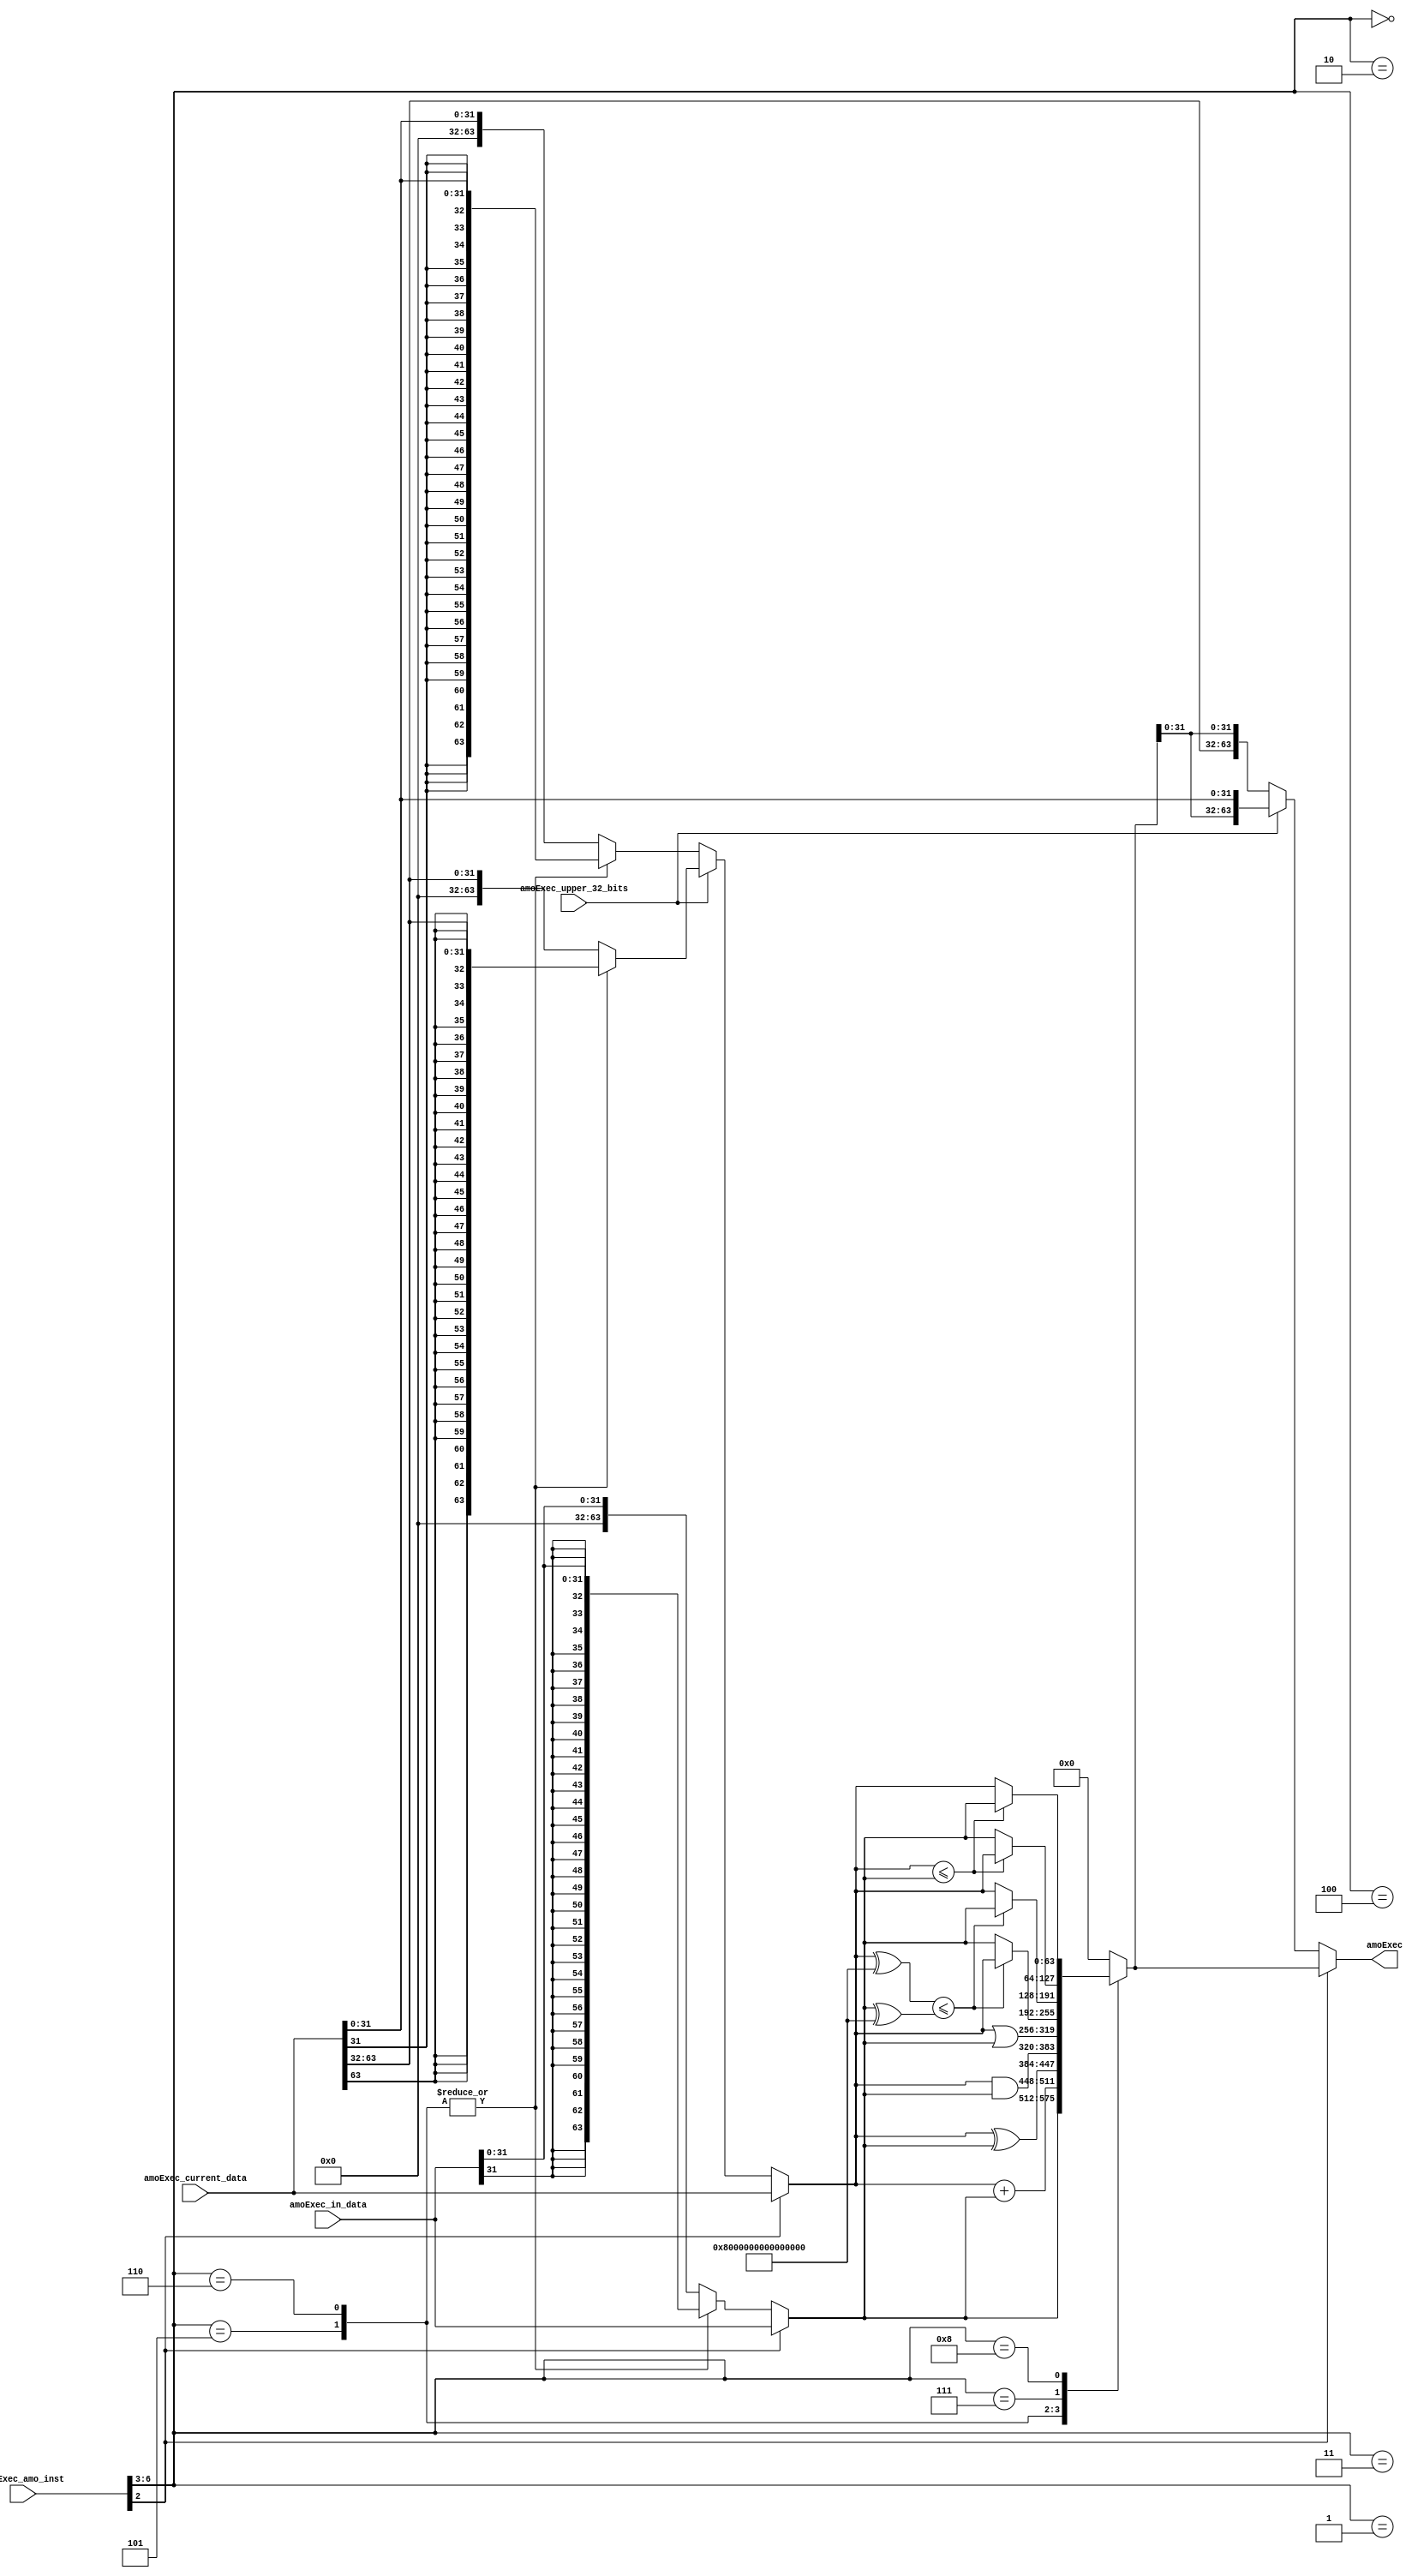
//
// Generated by Bluespec Compiler, version 2019.05.beta2 (build a88bf40db, 2019-05-24)
//
//
//
//
// Ports:
// Name                         I/O  size props
// amoExec                        O    64
// amoExec_amo_inst               I     7
// amoExec_current_data           I    64
// amoExec_in_data                I    64
// amoExec_upper_32_bits          I     1
//
// Combinational paths from inputs to outputs:
//   (amoExec_amo_inst,
//    amoExec_current_data,
//    amoExec_in_data,
//    amoExec_upper_32_bits) -> amoExec
//
//

`ifdef BSV_ASSIGNMENT_DELAY
`else
  `define BSV_ASSIGNMENT_DELAY
`endif

`ifdef BSV_POSITIVE_RESET
  `define BSV_RESET_VALUE 1'b1
  `define BSV_RESET_EDGE posedge
`else
  `define BSV_RESET_VALUE 1'b0
  `define BSV_RESET_EDGE negedge
`endif

module module_amoExec(amoExec_amo_inst,
		      amoExec_current_data,
		      amoExec_in_data,
		      amoExec_upper_32_bits,
		      amoExec);
  // value method amoExec
  input  [6 : 0] amoExec_amo_inst;
  input  [63 : 0] amoExec_current_data;
  input  [63 : 0] amoExec_in_data;
  input  amoExec_upper_32_bits;
  output [63 : 0] amoExec;

  // signals for module outputs
  wire [63 : 0] amoExec;

  // remaining internal signals
  reg [63 : 0] _theResult_____1__h29,
	       _theResult___fst__h122,
	       _theResult___fst__h183,
	       _theResult___snd__h123;
  wire [63 : 0] SEXT_amoExec_current_data_BITS_31_TO_0_7___d18,
		SEXT_amoExec_current_data_BITS_63_TO_32_3___d14,
		SEXT_amoExec_in_data_BITS_31_TO_0____d8,
		_theResult___fst__h113,
		current_data__h27,
		in_data__h28,
		new_data__h249,
		new_data__h373,
		new_data__h379,
		new_data__h385,
		new_data__h391,
		new_data__h405,
		new_data__h419,
		new_data__h433;
  wire [31 : 0] amoExec_current_data_BITS_31_TO_0__q3,
		amoExec_current_data_BITS_63_TO_32__q1,
		amoExec_in_data_BITS_31_TO_0__q2;
  wire IF_amoExec_amo_inst_BIT_2_THEN_amoExec_current_ETC___d30,
       IF_amoExec_amo_inst_BIT_2_THEN_amoExec_current_ETC___d34;

  // value method amoExec
  assign amoExec =
	     amoExec_amo_inst[2] ?
	       _theResult_____1__h29 :
	       (amoExec_upper_32_bits ?
		  { _theResult_____1__h29[31:0],
		    amoExec_current_data[31:0] } :
		  { amoExec_current_data[63:32],
		    _theResult_____1__h29[31:0] }) ;

  // remaining internal signals
  assign IF_amoExec_amo_inst_BIT_2_THEN_amoExec_current_ETC___d30 =
	     (current_data__h27 ^ 64'h8000000000000000) <=
	     (in_data__h28 ^ 64'h8000000000000000) ;
  assign IF_amoExec_amo_inst_BIT_2_THEN_amoExec_current_ETC___d34 =
	     current_data__h27 <= in_data__h28 ;
  assign SEXT_amoExec_current_data_BITS_31_TO_0_7___d18 =
	     { {32{amoExec_current_data_BITS_31_TO_0__q3[31]}},
	       amoExec_current_data_BITS_31_TO_0__q3 } ;
  assign SEXT_amoExec_current_data_BITS_63_TO_32_3___d14 =
	     { {32{amoExec_current_data_BITS_63_TO_32__q1[31]}},
	       amoExec_current_data_BITS_63_TO_32__q1 } ;
  assign SEXT_amoExec_in_data_BITS_31_TO_0____d8 =
	     { {32{amoExec_in_data_BITS_31_TO_0__q2[31]}},
	       amoExec_in_data_BITS_31_TO_0__q2 } ;
  assign _theResult___fst__h113 =
	     amoExec_upper_32_bits ?
	       _theResult___fst__h183 :
	       _theResult___fst__h122 ;
  assign amoExec_current_data_BITS_31_TO_0__q3 = amoExec_current_data[31:0] ;
  assign amoExec_current_data_BITS_63_TO_32__q1 =
	     amoExec_current_data[63:32] ;
  assign amoExec_in_data_BITS_31_TO_0__q2 = amoExec_in_data[31:0] ;
  assign current_data__h27 =
	     amoExec_amo_inst[2] ?
	       amoExec_current_data :
	       _theResult___fst__h113 ;
  assign in_data__h28 =
	     amoExec_amo_inst[2] ? amoExec_in_data : _theResult___snd__h123 ;
  assign new_data__h249 = current_data__h27 + in_data__h28 ;
  assign new_data__h373 = current_data__h27 ^ in_data__h28 ;
  assign new_data__h379 = current_data__h27 & in_data__h28 ;
  assign new_data__h385 = current_data__h27 | in_data__h28 ;
  assign new_data__h391 =
	     IF_amoExec_amo_inst_BIT_2_THEN_amoExec_current_ETC___d30 ?
	       current_data__h27 :
	       in_data__h28 ;
  assign new_data__h405 =
	     IF_amoExec_amo_inst_BIT_2_THEN_amoExec_current_ETC___d30 ?
	       in_data__h28 :
	       current_data__h27 ;
  assign new_data__h419 =
	     IF_amoExec_amo_inst_BIT_2_THEN_amoExec_current_ETC___d34 ?
	       current_data__h27 :
	       in_data__h28 ;
  assign new_data__h433 =
	     IF_amoExec_amo_inst_BIT_2_THEN_amoExec_current_ETC___d34 ?
	       in_data__h28 :
	       current_data__h27 ;
  always@(amoExec_amo_inst or
	  amoExec_current_data or
	  SEXT_amoExec_current_data_BITS_63_TO_32_3___d14)
  begin
    case (amoExec_amo_inst[6:3])
      4'd5, 4'd6:
	  _theResult___fst__h183 =
	      SEXT_amoExec_current_data_BITS_63_TO_32_3___d14;
      default: _theResult___fst__h183 =
		   { 32'd0, amoExec_current_data[63:32] };
    endcase
  end
  always@(amoExec_amo_inst or
	  amoExec_in_data or SEXT_amoExec_in_data_BITS_31_TO_0____d8)
  begin
    case (amoExec_amo_inst[6:3])
      4'd5, 4'd6:
	  _theResult___snd__h123 = SEXT_amoExec_in_data_BITS_31_TO_0____d8;
      default: _theResult___snd__h123 = { 32'd0, amoExec_in_data[31:0] };
    endcase
  end
  always@(amoExec_amo_inst or
	  amoExec_current_data or
	  SEXT_amoExec_current_data_BITS_31_TO_0_7___d18)
  begin
    case (amoExec_amo_inst[6:3])
      4'd5, 4'd6:
	  _theResult___fst__h122 =
	      SEXT_amoExec_current_data_BITS_31_TO_0_7___d18;
      default: _theResult___fst__h122 = { 32'd0, amoExec_current_data[31:0] };
    endcase
  end
  always@(amoExec_amo_inst or
	  in_data__h28 or
	  new_data__h249 or
	  new_data__h373 or
	  new_data__h379 or
	  new_data__h385 or
	  new_data__h391 or
	  new_data__h405 or new_data__h419 or new_data__h433)
  begin
    case (amoExec_amo_inst[6:3])
      4'd0: _theResult_____1__h29 = in_data__h28;
      4'd1: _theResult_____1__h29 = new_data__h249;
      4'd2: _theResult_____1__h29 = new_data__h373;
      4'd3: _theResult_____1__h29 = new_data__h379;
      4'd4: _theResult_____1__h29 = new_data__h385;
      4'd5: _theResult_____1__h29 = new_data__h391;
      4'd6: _theResult_____1__h29 = new_data__h405;
      4'd7: _theResult_____1__h29 = new_data__h419;
      4'd8: _theResult_____1__h29 = new_data__h433;
      default: _theResult_____1__h29 = 64'd0;
    endcase
  end
endmodule  // module_amoExec